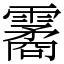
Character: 霱